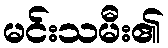
မင်းသမီး၏